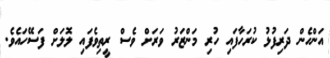
އަންހެން ދަރިފުޅު ކުރަހާފައި ހުރި މަންޒަރު ވަރަށް ވެސް ރީތިވެފައި ލޮލަށް ފަސޭހައެވެ.